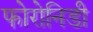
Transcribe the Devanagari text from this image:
फोरोनिडी